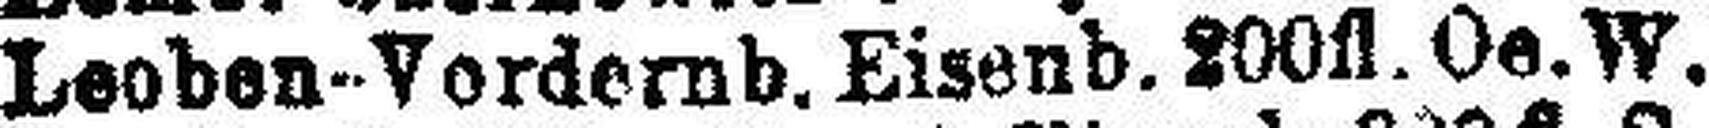
Leoben-Vordernb. Eisenb. 200fl. Oe.W.